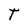
Character: T